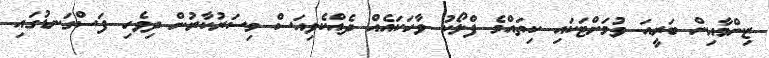
ޒިންމާއިން ބަރީއަ ވުމަށްޓަކައި ކިތައްމެ ފްލޯކު ވާހަކައެއް ދެއްކެވިއަސް މިސަރުކާރުން ދިވެހި ފަސްގަނޑުގައި